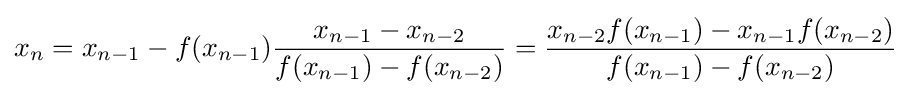
x_{n}=x_{n-1}-f(x_{n-1}){\frac {x_{n-1}-x_{n-2}}{f(x_{n-1})-f(x_{n-2})}}={\frac {x_{n-2}f(x_{n-1})-x_{n-1}f(x_{n-2})}{f(x_{n-1})-f(x_{n-2})}}